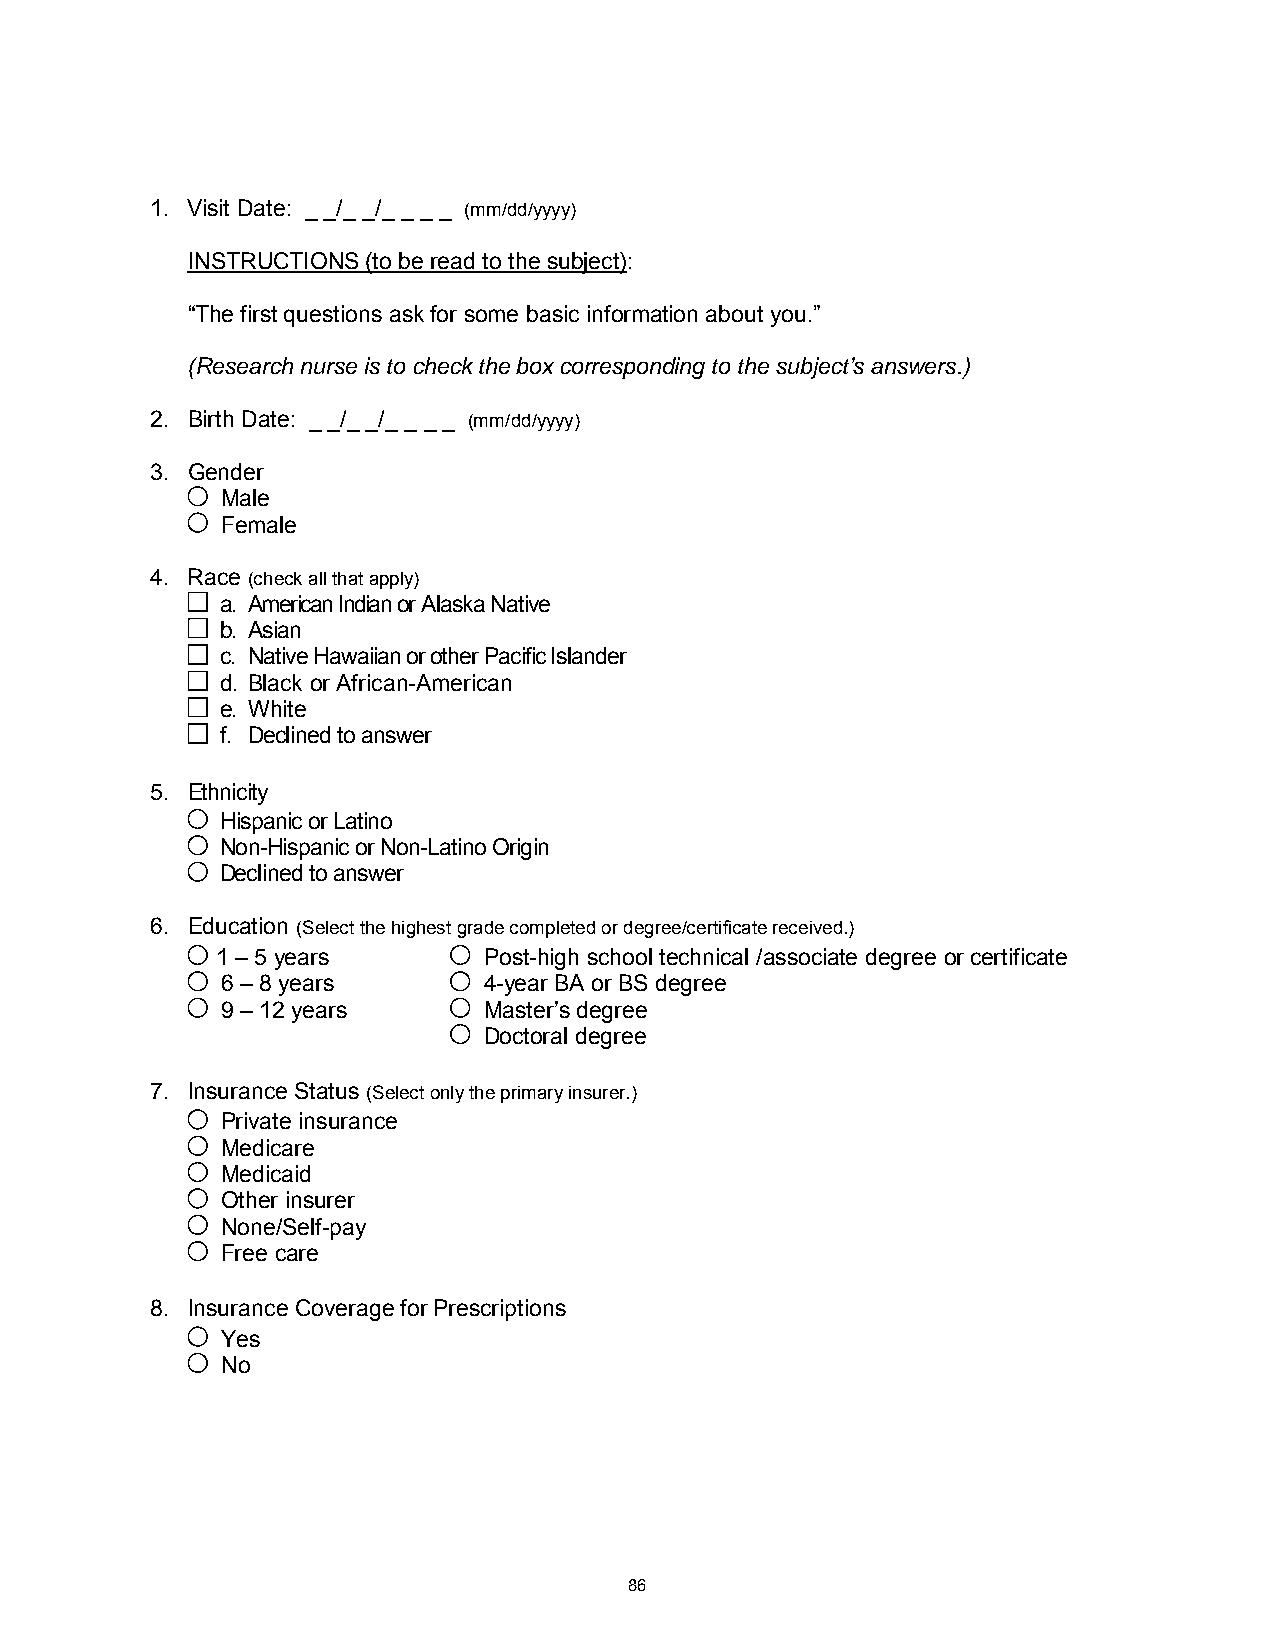
1. Visit Date: _ _/_ _/_ _ _ _ (mm/dd/yyyy)
 INSTRUCTIONS (to be read to the subject):
 “The first questions ask for some basic information about you.”
 (Research nurse is to check the box corresponding to the subject’s answers.)
 2. Birth Date: _ _/_ _/_ _ _ _ (mm/dd/yyyy)
 3. Gender
 Male
 Female
 4. Race (check all that apply)
 a. American Indian or Alaska Native
 b. Asian
 c. Native Hawaiian or other Pacific Islander
 d. Black or African-American
 e. White
 f. Declined to answer
 5. Ethnicity
 Hispanic or Latino
 Non-Hispanic or Non-Latino Origin
 Declined to answer
 6. Education (Select the highest grade completed or degree/certificate received.)
 1 – 5 years       Post-high school technical /associate degree or certificate
 6 – 8 years      4-year BA or BS degree
 9 – 12 years     Master’s degree
 Doctoral degree
 7. Insurance Status (Select only the primary insurer.)
 Private insurance
 Medicare
 Medicaid
 Other insurer
 None/Self-pay
 Free care
 8. Insurance Coverage for Prescriptions
 Yes
 No
 86